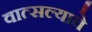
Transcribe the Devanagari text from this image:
वात्सल्याचे